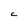
Character: C